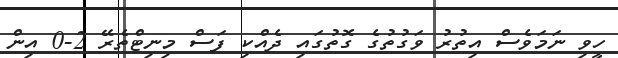
ހީވި ނަމަވެސް އިތުރު ވަގުތުގެ ގޮތުގައި ދެއްކި ފަސް މިނިޓްތެރޭ 2-0 އިން